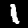
Digit: 1